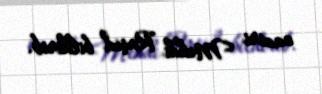
naziri Mehdi Raşid bildirib.